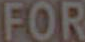
FOR